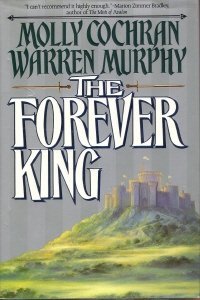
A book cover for The Forever King; Molly Cochran; Science Fiction & Fantasy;